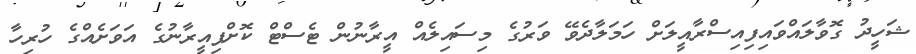
ޝަހީދު ގޮވާލައްވައިފިއިސްރާއީލަށް ހަމަލާދެވޭ ވަރުގެ މިސައިލެއް އީރާނުން ޓެސްޓް ކޮށްފިއީރާނުގެ އަވަށެއްގެ ހުރިހާ